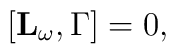
\lbrack \mathbf{L_{\omega }},\Gamma ]=0,